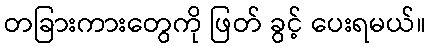
တခြားကားတွေကို ဖြတ် ခွင့် ပေးရမယ်။